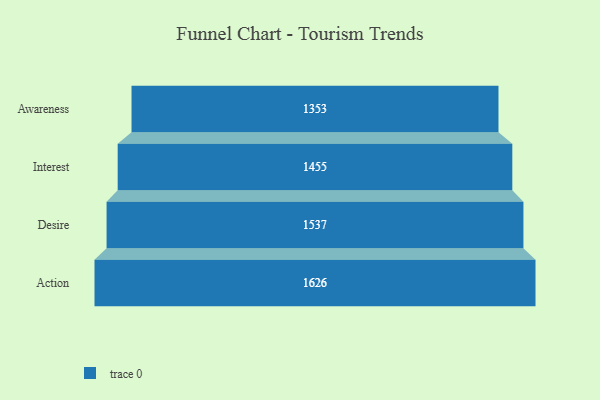
{"axis": {"x": "Stage", "y": "Value"}, "legend": [""], "data": [{"x": "Awareness", "y": 1353.0, "type": ""}, {"x": "Interest", "y": 1455.0, "type": ""}, {"x": "Desire", "y": 1537.0, "type": ""}, {"x": "Action", "y": 1626.0, "type": ""}]}